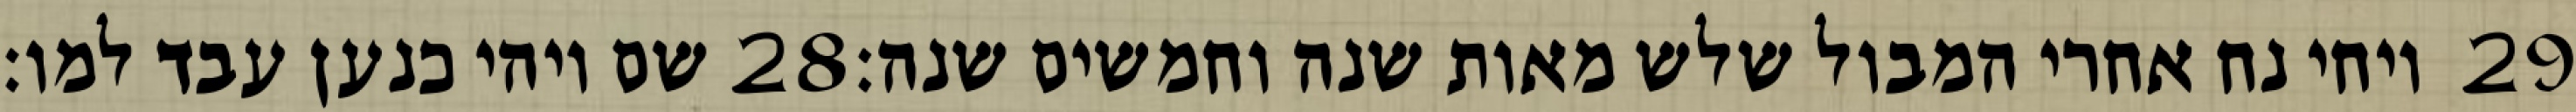
שם ויהי כנען עבד למו׃ ‎28‏ ויחי נח אחרי המבול שלש מאות שנה וחמשים שנה׃ ‎29‏